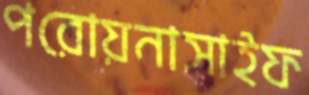
পরোয়নাসাইফ